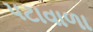
પટાવાળા